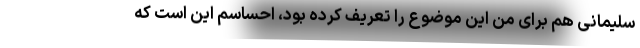
سلیمانی هم برای من این موضوع را تعریف کرده بود، احساسم این است که